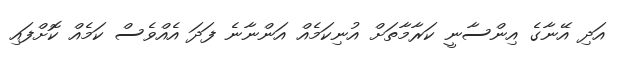
އަދި އޭނާގެ އިންސާނީ ކަރާމާތަށް އުނިކަމެއް އަންނާނެ ފަދަ އެއްވެސް ކަމެއް ކޮށްފައި